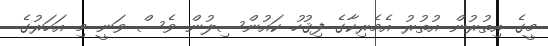
މީގެ އިތުރުން އުތުރު އެމެރިކާގެ ފިޤުހު ކައުންސިލުން ވެސް ވަނީ މި އަހަރުގެ